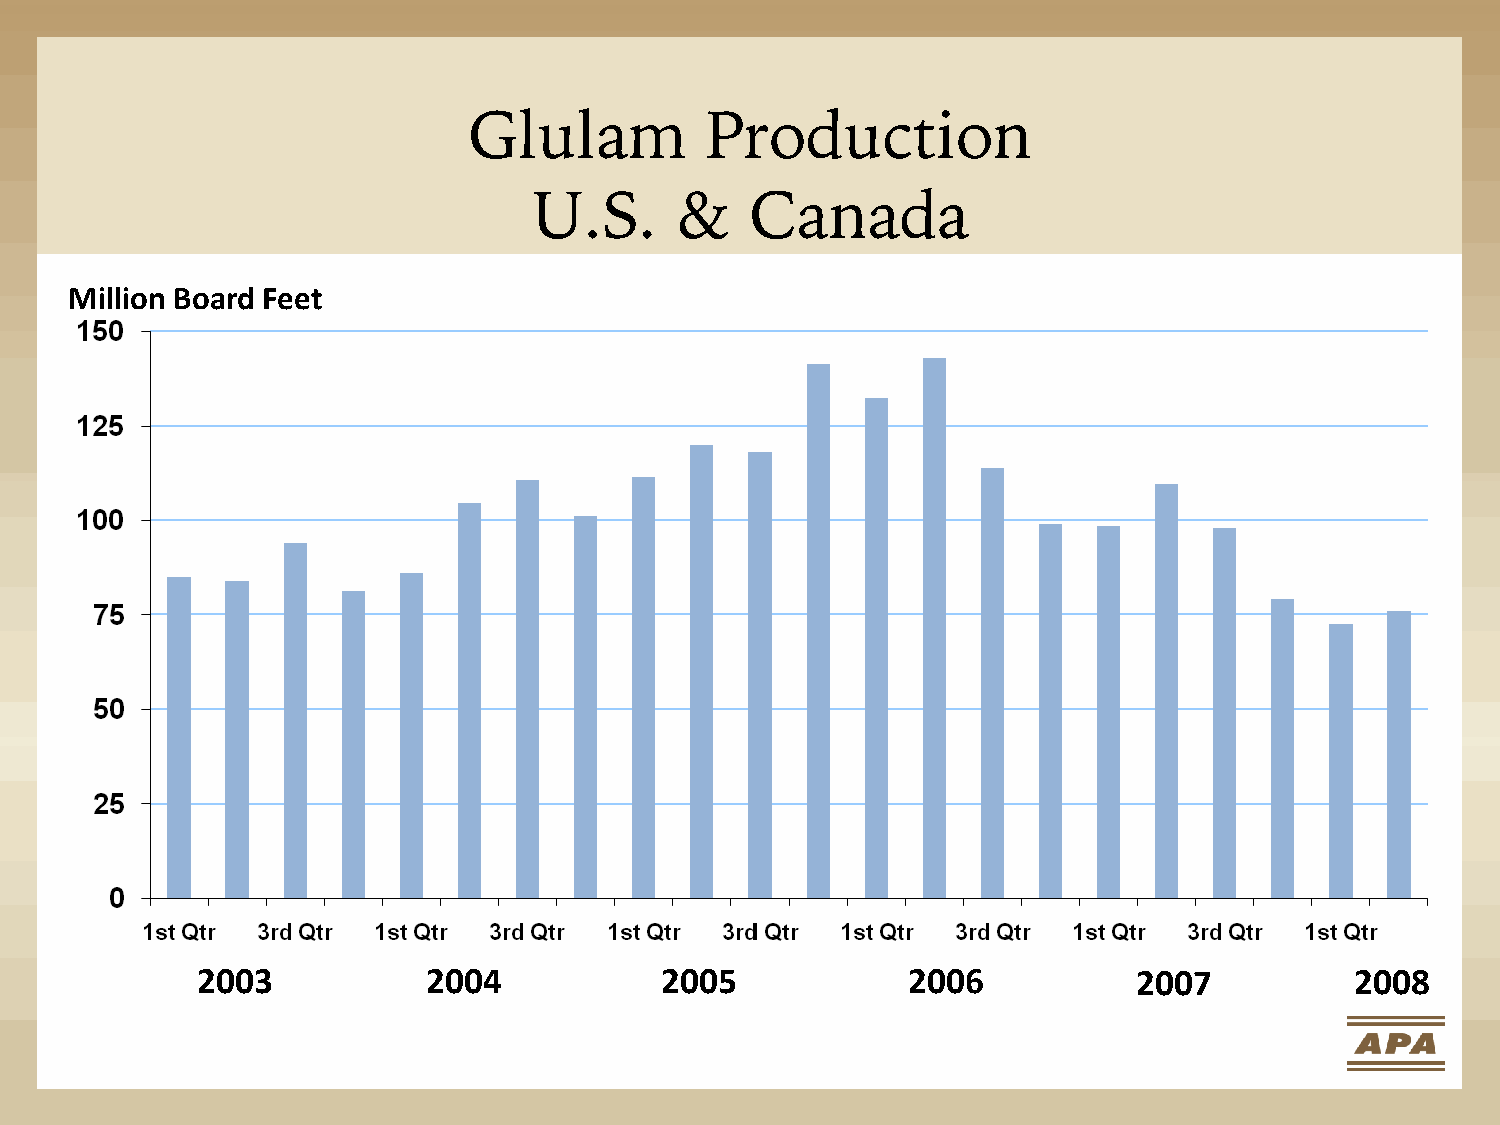
Glulam          Production
 U.S.      &    Canada
 Million Board Feet
 2003           2004            2005            2006           2007           2008